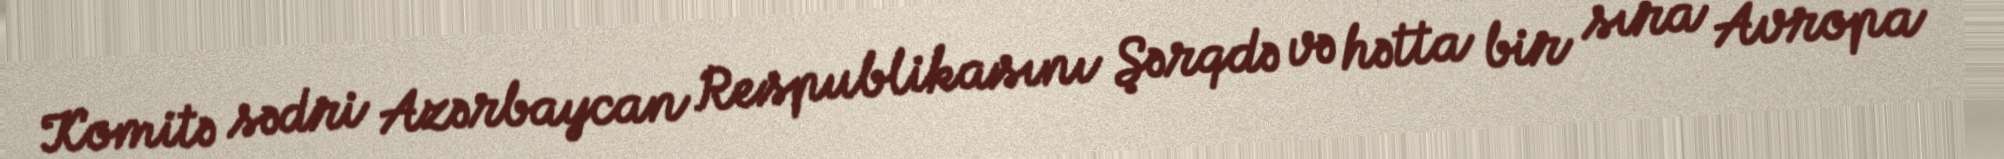
Komitə sədri Azərbaycan Respublikasını Şərqdə və hətta bir sıra Avropa